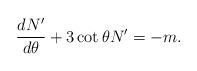
LaTeX: \begin{align*}\frac{d N'}{d \theta} + 3 \cot\theta N' = - m. \end{align*}